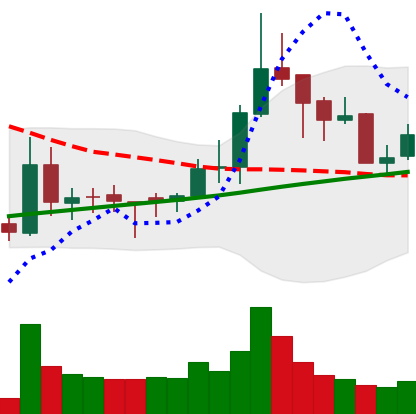
Ticker: BNB-USD
Chart end date: 2018-03-31
Forward return: 12.642%
Label: up_7plus